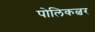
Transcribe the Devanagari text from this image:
पोलिकल्चर